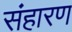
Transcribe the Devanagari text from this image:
संहारण